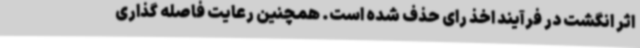
اثر انگشت در فرآیند اخذ رای حذف شده است. همچنین رعایت فاصله گذاری